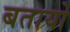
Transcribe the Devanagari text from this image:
बतायो